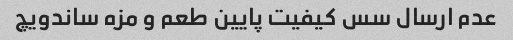
عدم ارسال سس کیفیت پایین طعم و مزه ساندویچ